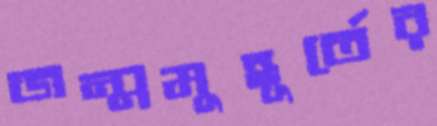
জন্মমুহূর্তের